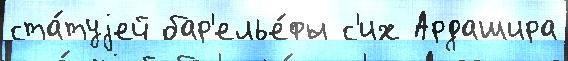
ста́туjей бар'елье́фы с'их Ардашира